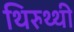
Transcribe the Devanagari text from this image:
थिरुथ्थी